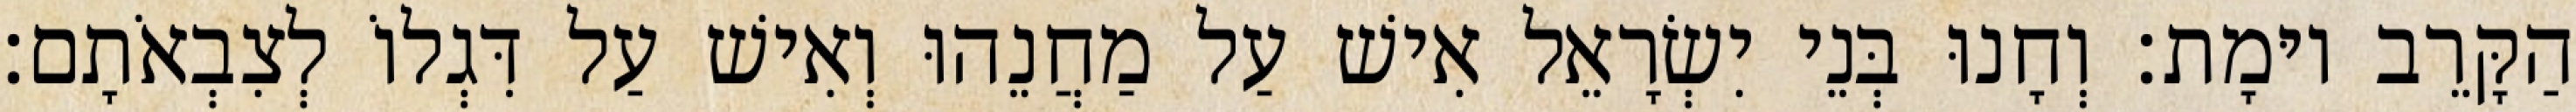
הַקָּרֵב יוּמָת׃ וְחָנוּ בְּנֵי יִשְׂרָאֵל אִישׁ עַל מַחֲנֵהוּ וְאִישׁ עַל דִּגְלוֹ לְצִבְאֹתָם׃